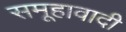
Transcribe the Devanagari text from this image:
समूहावादी